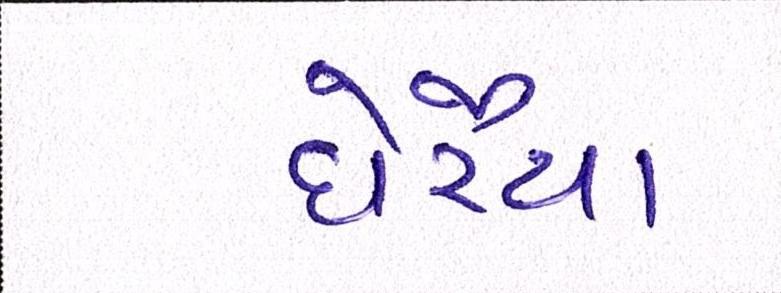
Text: ઘેરૈયા